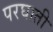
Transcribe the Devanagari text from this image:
परघाती